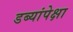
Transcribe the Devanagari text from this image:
डब्यांपेक्षा